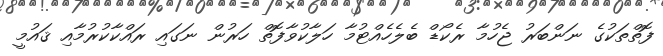
ފޮތްތަކުގެ ނަންބަރު ޖެހުމާ ރެކޯޑް ބެލެހެއްޓުމާ ހަލާކުވާފޮތް ހަރުން ނަގައި ރައްކާކުރުމާއި ޤައުމީ